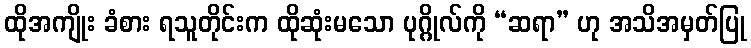
ထိုအကျိုး ခံစား ရသူတိုင်းက ထိုဆုံးမသော ပုဂ္ဂိုလ်ကို “ဆရာ” ဟု အသိအမှတ်ပြု